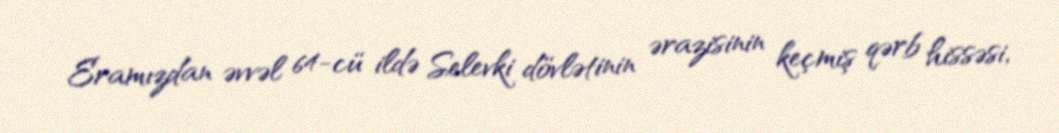
Eramızdan əvvəl 64-cü ildə Selevki dövlətinin ərazisinin keçmiş qərb hissəsi,